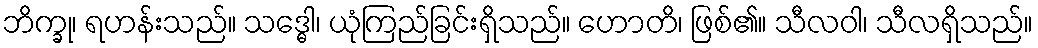
ဘိက္ခု၊ ရဟန်းသည်။ သဒ္ဓေါ၊ ယုံကြည်ခြင်းရှိသည်။ ဟောတိ၊ ဖြစ်၏။ သီလဝါ၊ သီလရှိသည်။